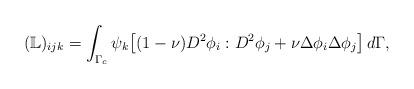
LaTeX: \begin{align*}(\mathbb L)_{ijk} = \int_{\Gamma_c} {\psi_k \big[ (1-\nu)D^2 \phi_i : D^2\phi_j + \nu\Delta\phi_i\Delta\phi_j\big]\,d\Gamma},\end{align*}